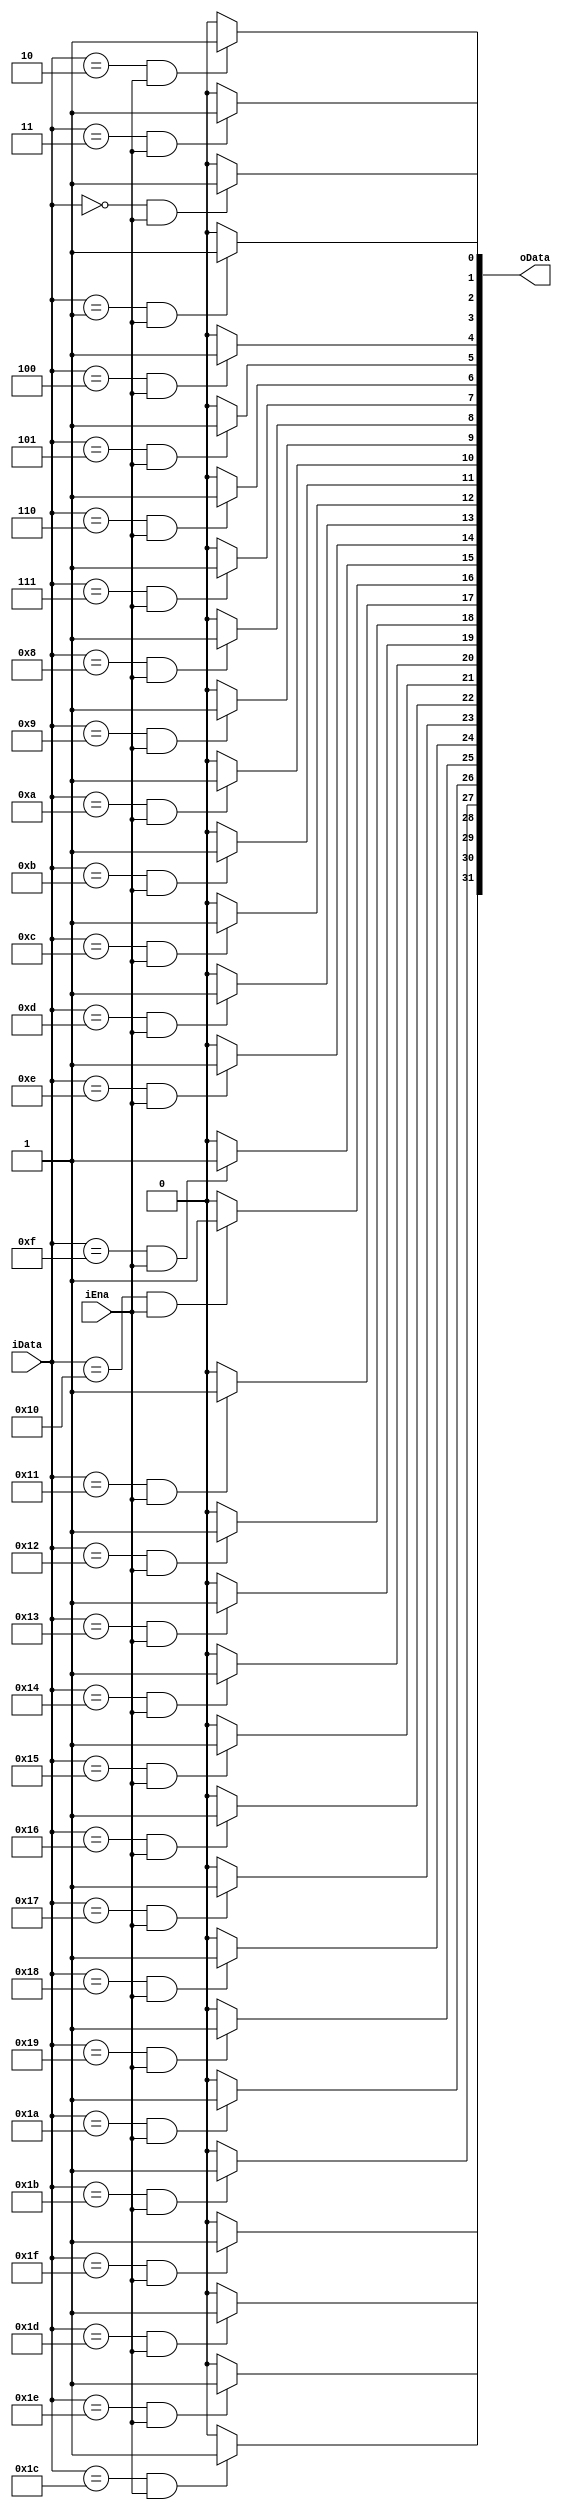
`timescale 1ns / 1ps
//////////////////////////////////////////////////////////////////////////////////
// Company: 
// Engineer: 
// 
// Design Name: 
// Module Name: decoder
// Project Name: 
// Target Devices: 
// Tool Versions: 
// Description: 
// 
// Dependencies: 
// 
// Revision:
// Revision 0.01 - File Created
// Additional Comments:
// 
//////////////////////////////////////////////////////////////////////////////////


module decoder(
    input [4:0] iData,
    input iEna,
    output [31:0] oData
    );
    genvar i;
    generate 
    for(i=0;i<32;i=i+1)
    begin:bit
        assign oData[i]=(iData==i)&&(iEna==1)?1'b1:1'b0;
    end
    endgenerate
endmodule